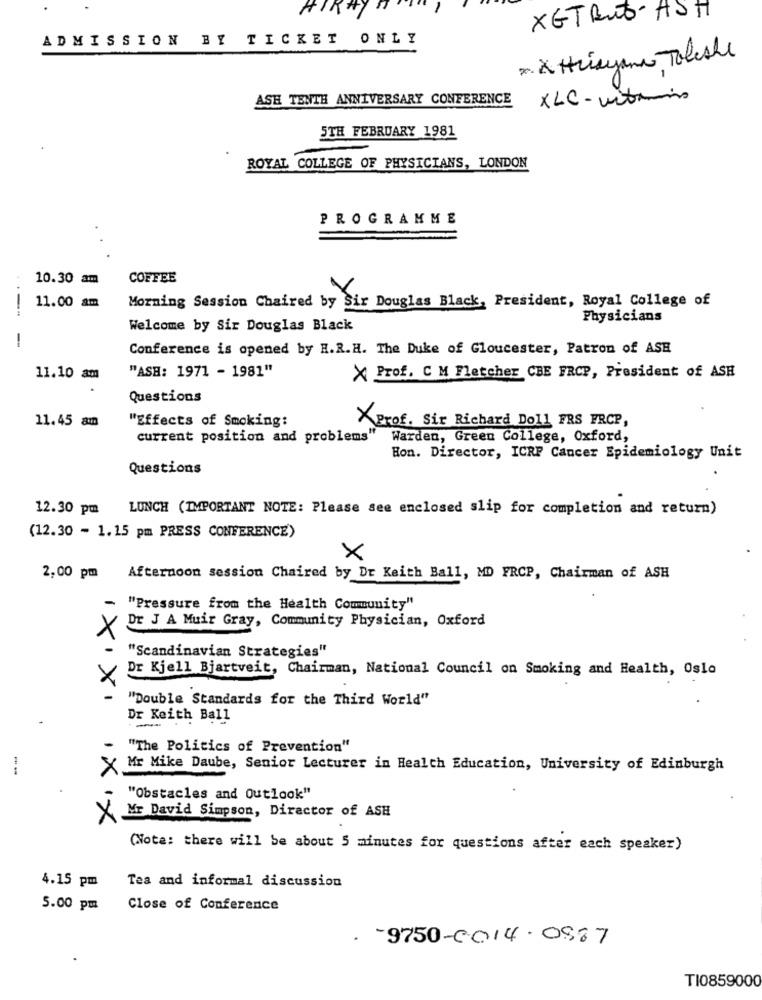
HIRNY
1
XETRUS- HSH
ADMISSION BY TICKET ONLY
2. X Huisyann Toleshe
ASH TENTH ANNIVERSARY CONFERENCE
XLC - within
5TH FEBRUARY 1981
ROYAL COLLEGE OF PHYSICIANS, LONDON
PROGRAMME
10.30 am
COFFEE
Morning Session Chaired by Sir Douglas Black, President, Royal College of
----
11.00 am
Physicians
Welcome by Sir Douglas Black
--
Conference is opened by H.R.H. The Duke of Gloucester, Patron of ASE
"ASH: 1971 - 1981"
11.10 am
X Prof. C M Fletcher CBE FRCP, President of ASH
Questions
Prof. Sir Richard Doll FRS FRCP,
11.45 am
"Effects of Smoking:
current position and problems"
Warden, Green College, Oxford,
Hon. Director, ICRP Cancer Epidemiology Unit
Questions
12.30 pm
LUNCH (IMPORTANT NOTE: Please see enclosed slip for completion and return)
(12.30 - 1.15 pm PRESS CONFERENCE)
×
2,00 pm Afternoon session Chaired by Dr Keith Ball, MD FRCP, Chairman of ASH
"Pressure from the Health Community"
Dr J A Muir Gray, Community Physician, Oxford
"Scandinavian Strategies"
Dr Kjell Bjartveit, Chairman, National Council on Smoking and Health, Oslo
IXIXI
"Double Standards for the Third World"
Dr Keith Ball
-
"The Politics of Prevention"
Mr Mike Daube, Senior Lecturer in Health Education, University of Edinburgh
"Obstacles and Outlook"
Mr David Simpson, Director of ASH
1XX
(Nota: there will be about 5 minutes for questions after each speaker)
4.15 pm
Tea and informal discussion
5.00 pm
Close of Conference
. 9750-0014-0987
TI0859000